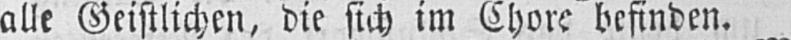
alle Geistlichen, die sich im Chore befinden.